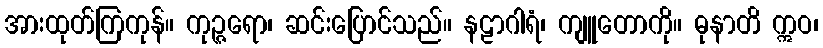
အားထုတ်ကြကုန်။ ကုဉ္ဇရော၊ ဆင်းပြောင်သည်။ နဠာဂါရံ၊ ကျူတောကို။ ဓုနာတိ ဣဝ၊